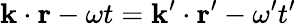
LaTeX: \mathbf{k}\cdot\mathbf{r}-\omega t=\mathbf{k}^{\prime}\cdot\mathbf{r}^{\prime}-\omega^{\prime}t^{\prime}